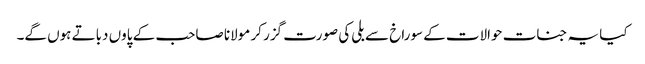
کیا یہ جنات حوالات کے سوراخ سے بلی کی صورت گزر کر مولانا صاحب کے پاوں دباتے ہوں گے۔